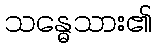
သန္ဓေသား၏